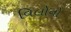
વિલોનો